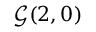
{ \mathcal { G } } ( 2 , 0 )